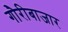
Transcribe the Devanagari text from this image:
गौरीबाजार